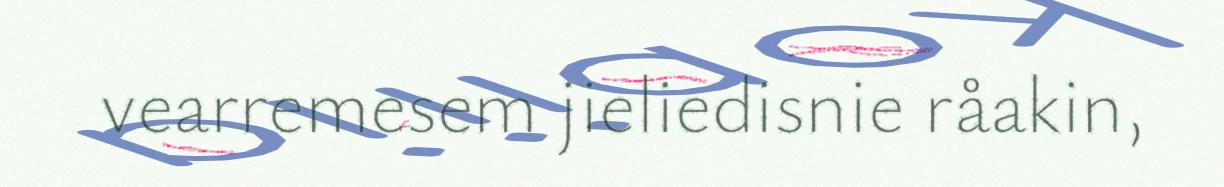
vearremesem jieliedisnie råakin,